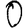
Digit: 0